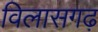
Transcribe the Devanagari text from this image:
विलासगढ़